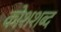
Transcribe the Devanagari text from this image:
कोशशब्द